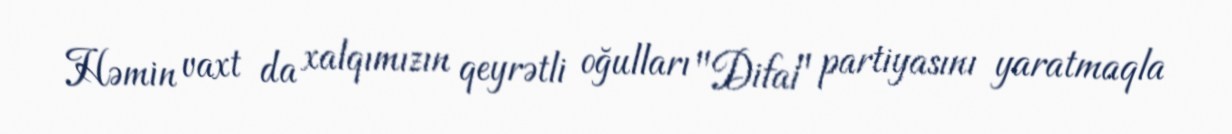
Həmin vaxt da xalqımızın qeyrətli oğulları "Difai" partiyasını yaratmaqla